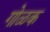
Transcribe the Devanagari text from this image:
गोळक